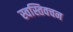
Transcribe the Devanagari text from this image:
स्वस्तिवचन